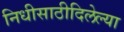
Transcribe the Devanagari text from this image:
निधीसाठीदिलेल्या